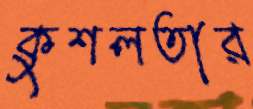
কুশলতার